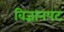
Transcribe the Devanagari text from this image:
विज्ञानपट